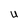
Character: U